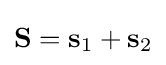
\mathbf {S} =\mathbf {s} _{1}+\mathbf {s} _{2}